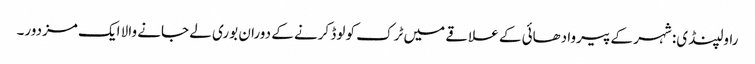
راولپنڈی: شہر کے پیروادھائی کے علاقے میں ٹرک کو لوڈ کرنے کے دوران بوری لے جانے والا ایک مزدور۔